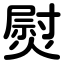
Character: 熨